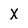
Character: X